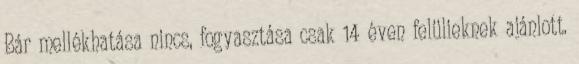
Bár mellékhatása nincs, fogyasztása csak 14 éven felülieknek ajánlott.